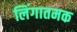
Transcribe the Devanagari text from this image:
लिंगातमक